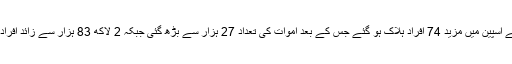
کورونا سے اسپین میں مزید 74 افراد ہلاک ہو گئے جس کے بعد اموات کی تعداد 27 ہزار سے بڑھ گئی جبکہ 2 لاکھ 83 ہزار سے زائد افراد متاثر ہیں۔